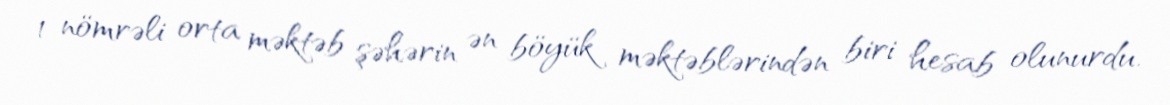
1 nömrəli orta məktəb şəhərin ən böyük məktəblərindən biri hesab olunurdu.